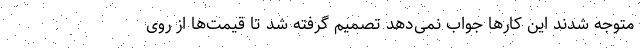
متوجه شدند این کارها جواب نمی‌دهد تصمیم گرفته شد تا قیمت‌ها از روی